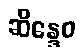
ဆိန္ဒေဝ